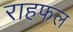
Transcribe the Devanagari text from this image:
राहफल